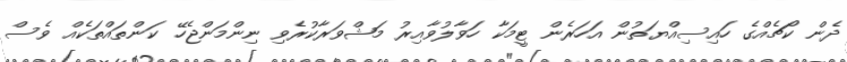
ދެން ކޯޗެއްގެ ހައިސިއްޔަތުން އަހަރެން ޓީމަކާ ހަވާލުވާއިރު މަޝްވަރާކުރެވި ނިންމަންޖެހޭ ކަންތައްތަކެއް ވެސް